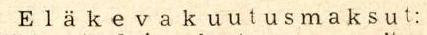
E l ä k e v a k u u t u s m a k s u t: